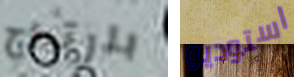
بارتياح استوديو